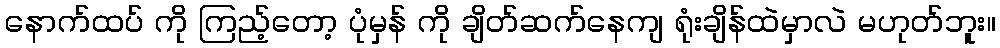
နောက်ထပ် ကို ကြည့်တော့ ပုံမှန် ကို ချိတ်ဆက်နေကျ ရုံးချိန်ထဲမှာလဲ မဟုတ်ဘူး။